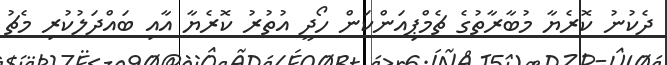
ދެކުނު ކޮރެޔާ މުބާރާތުގެ ޗެމްޕިއަންކަން ހޯދީ އުތުރު ކޮރެޔާ އާއި ބައްދަލުކުރި މެޗު